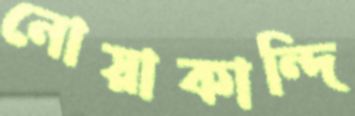
নোয়াকান্দি